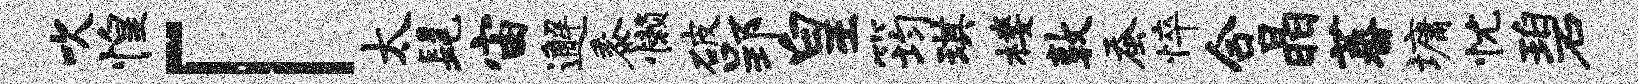
吹惶「太髦宙邂黍懒破郢皇筠琪楼敦蚕悴合晶蕃墉忧碧